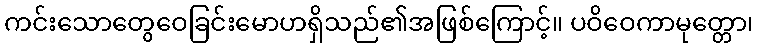
ကင်းသောတွေဝေခြင်းမောဟရှိသည်၏အဖြစ်ကြောင့်။ ပဝိဝေကာမုတ္တော၊